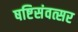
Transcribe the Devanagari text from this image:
षष्टिसंवत्सर